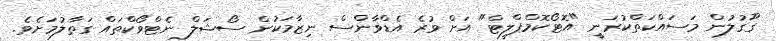
ގޫގުލުން މަސައްކަތްކުރަނީ "އޮޓޯކޮމްޕްލީޓް" އަށް ވުރެ އެޑްވާންސް ނިޒާމަކުން ސޯޝަލް ނެޓްވޯކްތައް ގަތާލުމަށެވެ.